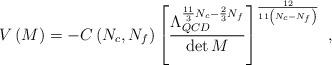
LaTeX: \begin{align*}V\left(M\right)=- C\left(N_c,N_f\right)\left[\frac{\Lambda_{QCD}^{\frac{11}{3}N_c - \frac{2}{3}N_f}}{{\rm det}\, M}\right] ^{\frac{12}{11\left(N_c - N_f \right)}} \ ,\end{align*}